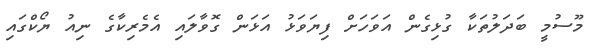
މޫސުމީ ބަދަލުތަކާ ގުޅިގެން އަވަހަށް ފިޔަވަޅު އަޅަން ގޮވާލައި އެމެރިކާގެ ނިއު ޔޯކްގައި